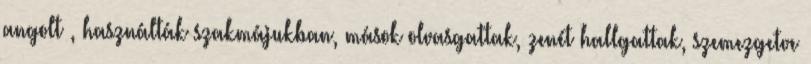
angolt , használták szakmájukban, mások olvasgattak, zenét hallgattak, szemezgetve